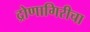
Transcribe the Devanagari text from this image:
द्रोणागिरीचा